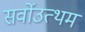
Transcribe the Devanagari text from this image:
सर्वोउत्थम